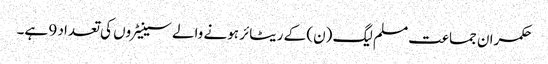
حکمران جماعت مسلم لیگ (ن) کے ریٹائر ہونے والے سینیٹروں کی تعداد 9 ہے۔